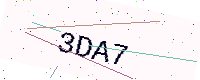
Text: 3DA7